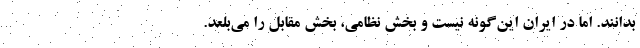
بدانند. اما در ایران این‌گونه نیست و بخش نظامی، بخش مقابل را می‌بلعد.